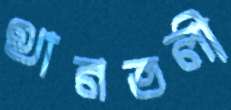
থানতলী